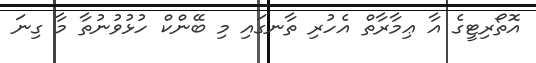
އޮތޯރިޓީގެ އާ ޢިމާރާތް އެހުރި ތާނގައި މި ބޭންކް ހުޅުވުނުތާ މާ ގިނަ